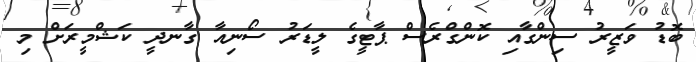
ބޮޑު ވަޒީރު ސިންގާއި ކޮންގްރެސް ޕާޓީގެ ލީޑަރު ސޯނިއާ ގާނދީ ކަޝްމީރަށް މި